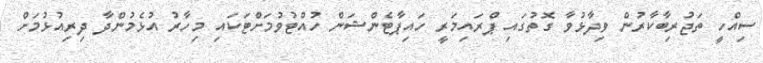
ސިއްހީ ތަޖުރިބާކާރުން ވިދާޅުވާ ގޮތުގައި ޕްރައިމަރީ ހައިޕާޓެންޝަން ހުއްޓުވުމަށްޓަކައި މިހާރު އުޅެމުންދާ ދިރިއުޅުމަށް